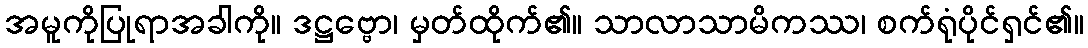
အမူကိုပြုရာအခါကို။ ဒဋ္ဌဗ္ဗော၊ မှတ်ထိုက်၏။ သာလာသာမိကဿ၊ စက်ရုံပိုင်ရှင်၏။